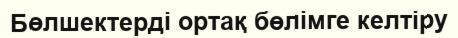
Бөлшектерді ортақ бөлімге келтіру